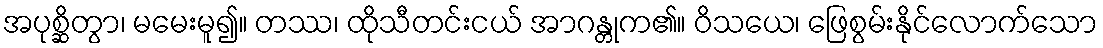
အပုစ္ဆိတွာ၊ မမေးမူ၍။ တဿ၊ ထိုသီတင်းငယ် အာဂန္တုက၏။ ဝိသယေ၊ ဖြေစွမ်းနိုင်လောက်သော